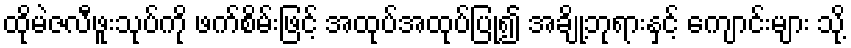
ထိုမဲဇလီဖူးသုပ်ကို ဖက်စိမ်းဖြင့် အထုပ်အထုပ်ပြု၍ အချို့ဘုရားနှင့် ကျောင်းများ သို့